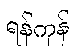
ရန်ကုန်